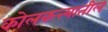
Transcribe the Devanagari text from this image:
कोलकत्त्यातील